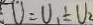
U = U _ { 1 } \div U _ { 2 }